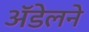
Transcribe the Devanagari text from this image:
अॅडेलने